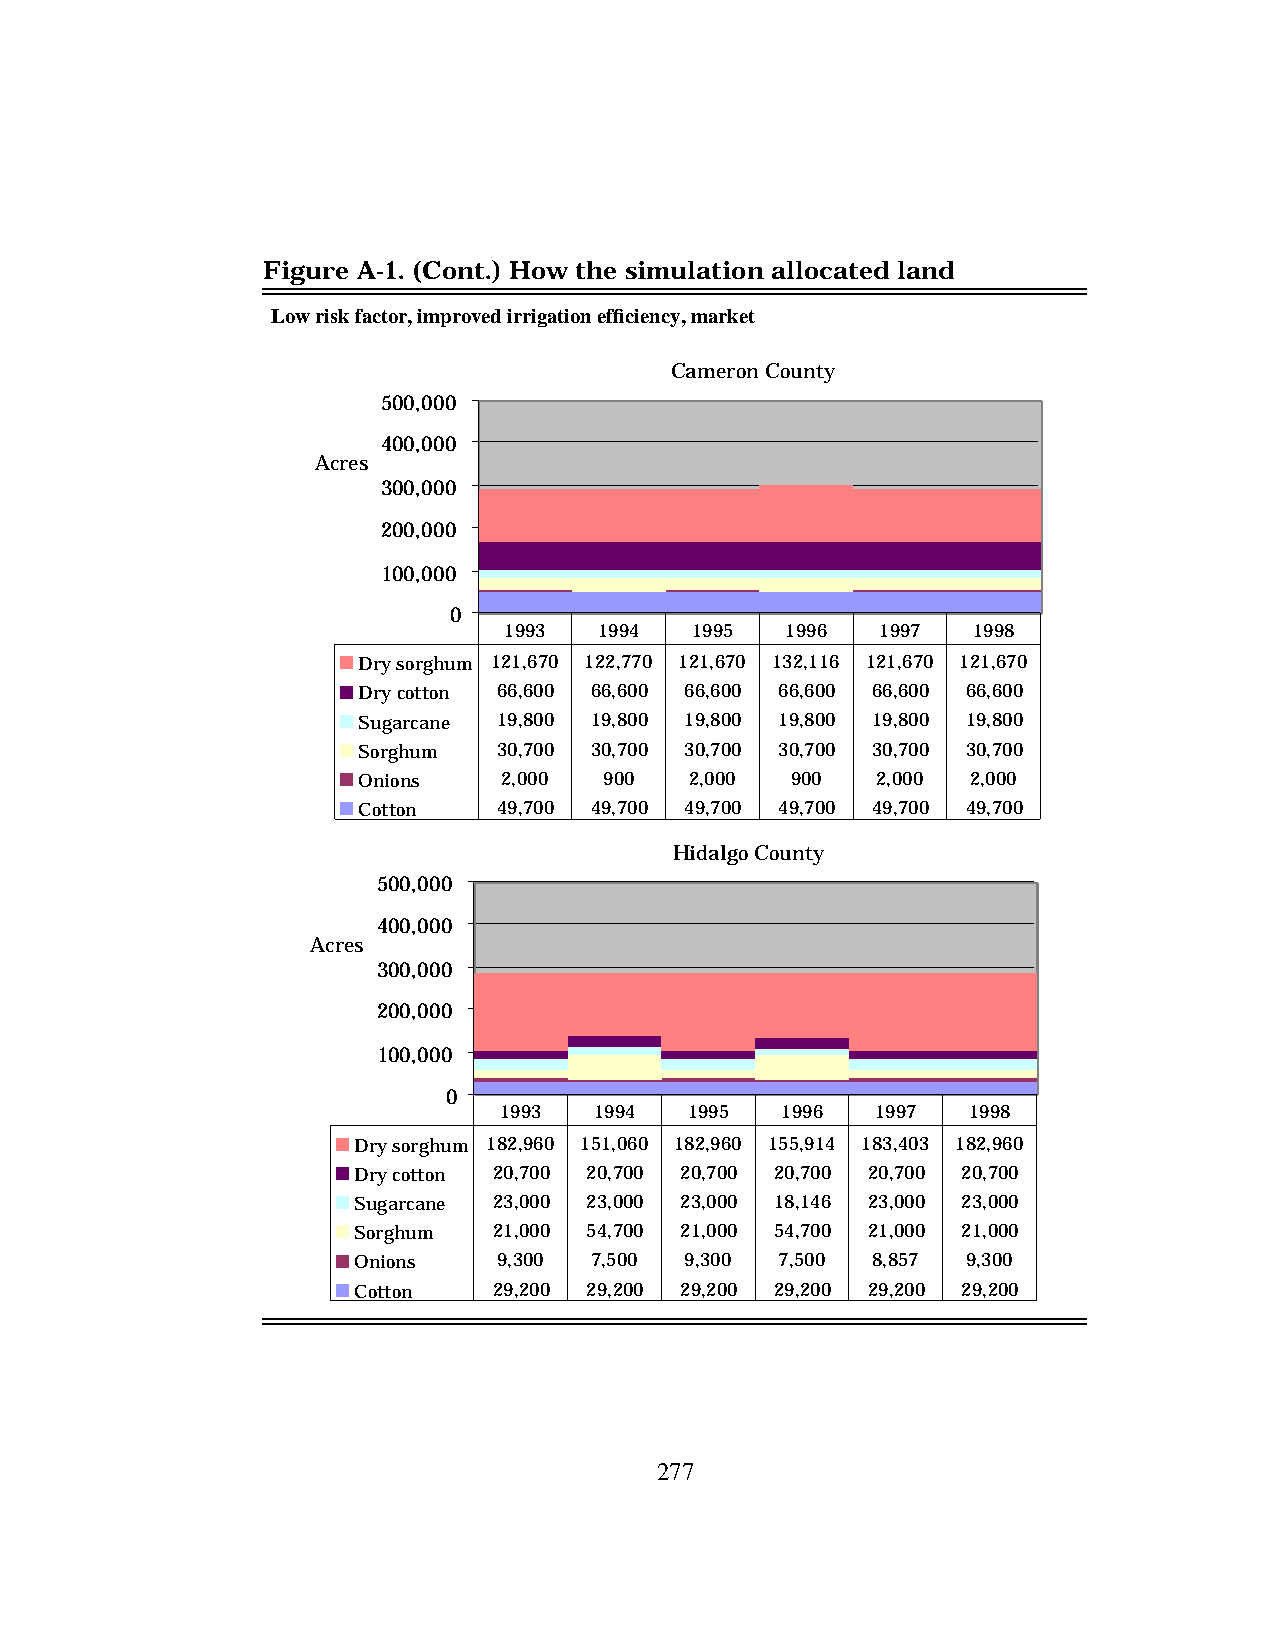
Figure A-1. (Cont.) How the simulation allocated land
 Low risk factor, improved irrigation efficiency, market
 Cameron County
 500,000
 400,000
 Acres
 300,000
 200,000
 100,000
 0
 1993   1994  1995  1996  1997  1998
 Dry sorghum 121,670 122,770 121,670 132,116 121,670 121,670
 Dry cotton 66,600 66,600 66,600 66,600 66,600 66,600
 Sugarcane 19,800 19,800 19,800 19,800 19,800 19,800
 Sorghum  30,700 30,700 30,700 30,700 30,700 30,700
 Onions   2,000  900   2,000 900   2,000 2,000
 Cotton   49,700 49,700 49,700 49,700 49,700 49,700
 Hidalgo County
 500,000
 400,000
 Acres
 300,000
 200,000
 100,000
 0
 1993  1994   1995  1996  1997  1998
 Dry sorghum 182,960 151,060 182,960 155,914 183,403 182,960
 Dry cotton 20,700 20,700 20,700 20,700 20,700 20,700
 Sugarcane 23,000 23,000 23,000 18,146 23,000 23,000
 Sorghum   21,000 54,700 21,000 54,700 21,000 21,000
 Onions    9,300 7,500 9,300  7,500 8,857 9,300
 Cotton    29,200 29,200 29,200 29,200 29,200 29,200
 277